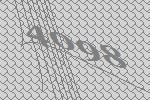
4098